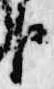
臣